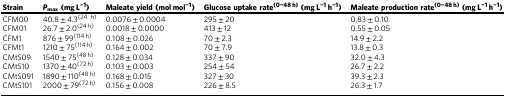
| Strain | Pmax(mg L−1) | Maleate yield (mol mol−1) | Glucose uptake rate(0−48 h)(mg L−1 h−1) | Maleate production rate(0−48 h)(mg L−1 h−1) |
 | --- | --- | --- | --- | --- |
 | CFM00 | 40.8 ± 4.3(24h) | 0.0076 ± 0.0004 | 295 ± 20 | 0.83 ± 0.10 |
 | CFM01 | 26.7 ± 2.0(24 h) | 0.0018 ± 0.0000 | 413 ± 12 | 0.55 ± 0.05 |
 | CFM1 | 876 ± 99(114 h) | 0.108 ± 0.026 | 70 ± 2.3 | 14.9 ± 2.2 |
 | CFMt1 | 1210 ± 75(114 h) | 0.164 ± 0.002 | 70 ± 7.9 | 13.8 ± 0.3 |
 | CMtS09 | 1540 ± 75(48 h) | 0.128 ± 0.034 | 337 ± 90 | 32.0 ± 4.3 |
 | CMtS10 | 1370 ± 40(72 h) | 0.103 ± 0.003 | 254 ± 54 | 26.7 ± 2.2 |
 | CMtS091 | 1890 ± 110(48 h) | 0.168 ± 0.015 | 327 ± 30 | 39.3 ± 2.3 |
 | CMtS101 | 2000 ± 79(72 h) | 0.156 ± 0.008 | 226 ± 8.5 | 26.3 ± 1.7 |